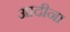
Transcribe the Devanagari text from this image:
आदीना